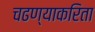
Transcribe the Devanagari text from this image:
चढण्याकरिता